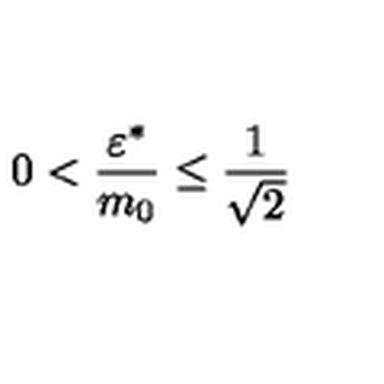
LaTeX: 0 < \frac { \varepsilon ^ { \ast } } { m _ { 0 } } \le \frac { 1 } { \sqrt { 2 } }